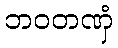
ဘဝတဏှံ